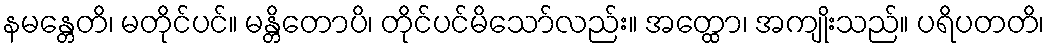
နမန္တေတိ၊ မတိုင်ပင်။ မန္တိတောပိ၊ တိုင်ပင်မိသော်လည်း။ အတ္ထော၊ အကျိုးသည်။ ပရိပတတိ၊